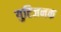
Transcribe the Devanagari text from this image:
युटिजनक